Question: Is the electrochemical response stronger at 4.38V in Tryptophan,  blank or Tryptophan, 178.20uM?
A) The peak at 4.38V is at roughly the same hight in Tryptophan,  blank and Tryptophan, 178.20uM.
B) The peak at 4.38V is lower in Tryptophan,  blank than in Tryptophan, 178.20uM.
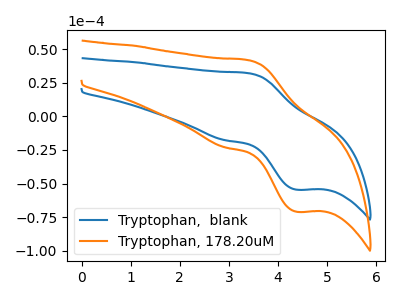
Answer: <think>The blue curve "Tryptophan,  blank" has an anodic peak at (3.40V, 32.10uA) and a cathodic peak at (4.40V, -54.50uA). The orange curve "Tryptophan, 178.20uM" has an anodic peak at (3.40V, 41.80uA) and a cathodic peak at (4.40V, -70.95uA).</think>
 <answer>B) The peak at 4.38V is lower in "Tryptophan,  blank" than in "Tryptophan, 178.20uM".</answer>
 <eval>B</eval>